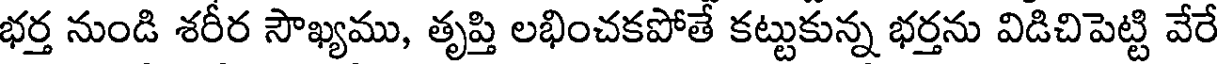
భర్త నుండి శరీర సౌఖ్యము, తృప్తి లభించకపోతే కట్టుకున్న భర్తను విడిచిపెట్టి వేరే